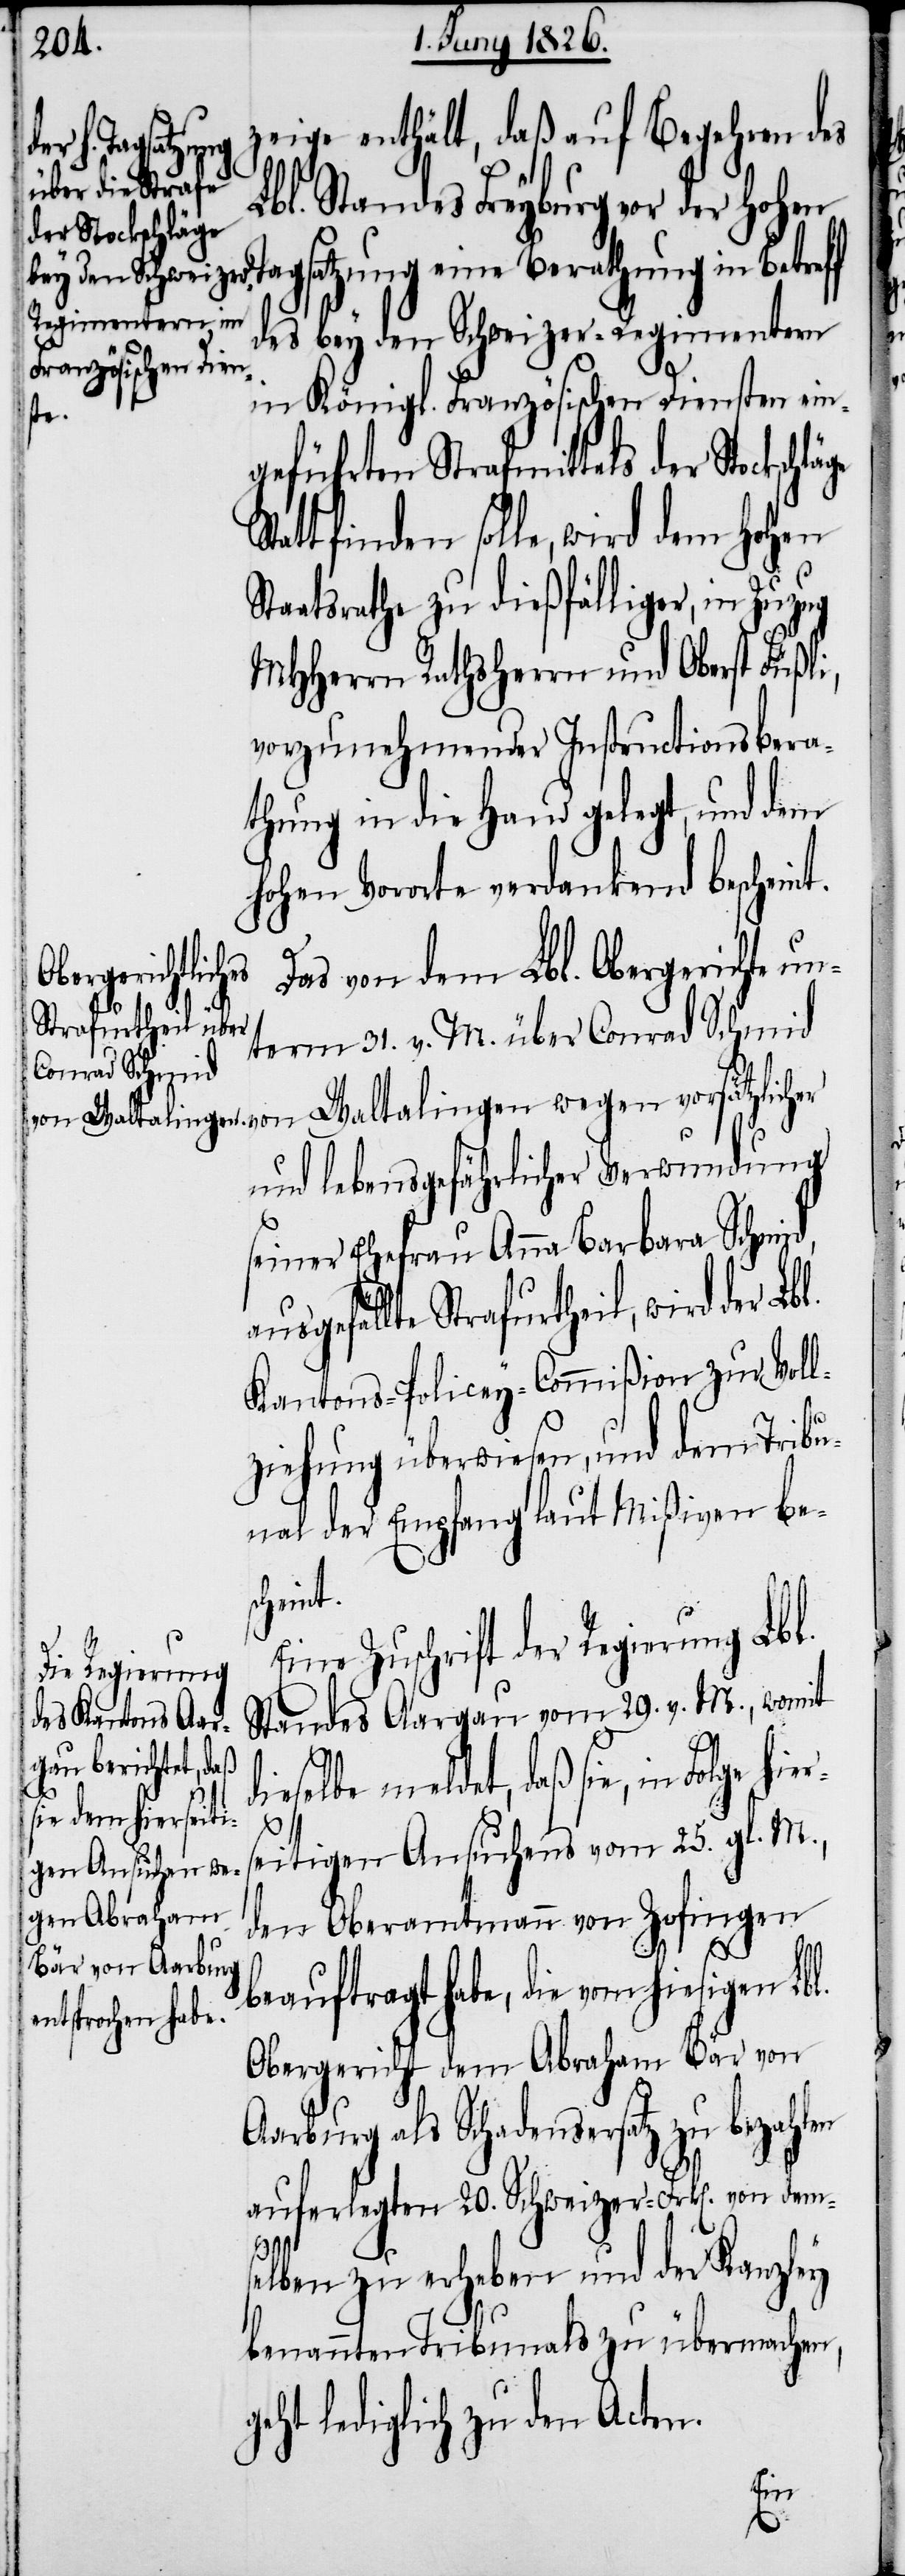
zeige enthält, daß auf Begehren des
Lbl. Standes Freyburg vor der hohen
der Stockschläge
Tagsatzung eine Berathung in Betreff
des bey den Schweizer-Regimentern
g¬
in Königl. Französischen Diensten ein¬
hier¬
geführten Strafmittels
tt finden solle, wird dem hohen
Staatsrathe zu dießfälliger, in Zuzug
MHHerrn Rathsherrn und Oberst Füßli,
vorzunehmender Instructionsbera¬
thung in die Hand gelegt, und dem
hohen Vororte verdankend bescheint.
Das von dem Lbl. Obergerichte un¬
term 31. v. M. über Conrad Schmid
und lebensgefährlicher Verwundung
seiner Ehefrau Anna Barbara Schmid,
sgefällte Strafurtheil, wird der Lb¬
Kantons-Policey-Commißion zur Voll¬
ziehung überwiesen, und dem Tribu¬
nal der Empfang laut Mißiven be¬
scheint.
Eine Zuschrift der Regierung Lbl.
Standes Aargau vom 29. v. M., womit
ieselbe meldet, daß sie, in Folge
seitigen Ansuchens vom 25. gl. M.,
den Oberamtmann von Zofingen
d¬
beauftragt habe, die vom hiesigen Lbl.
Obergericht dem Abraham Bär von
Aarburg als Schadensersatz zu bezahlen
auferlegten 20. Schweizer-Frk[en]. von dem¬
selben zu erheben und der Kanzley
benannten Tribunals zu übermachen,
eht lediglich zu den Acten.
von